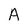
Character: A